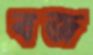
বজ